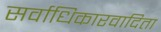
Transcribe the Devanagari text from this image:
सर्वाधिकारवादिता